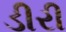
ડીરી